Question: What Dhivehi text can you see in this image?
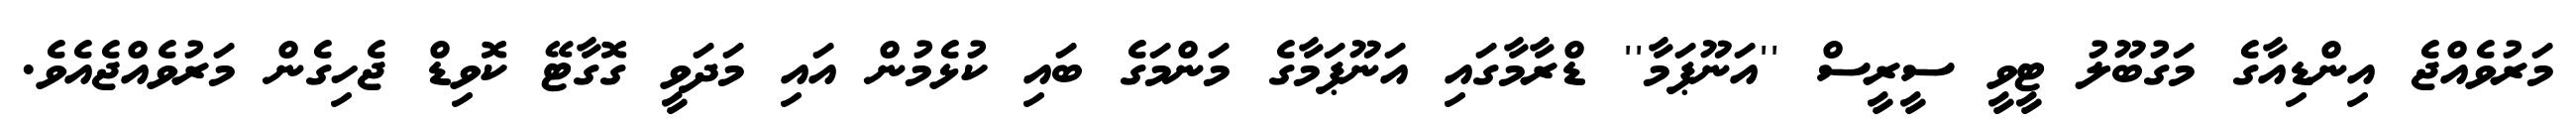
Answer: މަރުވެއްޖެ އިންޑިއާގެ މަގުބޫލު ޓީވީ ސީރީސް ''އަނޫޕަމާ'' ޑްރާމާގައި އަނޫޕަމާގެ މަންމަގެ ބައި ކުޅެމުން އައި މަދަވީ ގޮގާޓޭ ކޮވިޑް ޖެހިގެން މަރުވެއްޖެއެވެ.